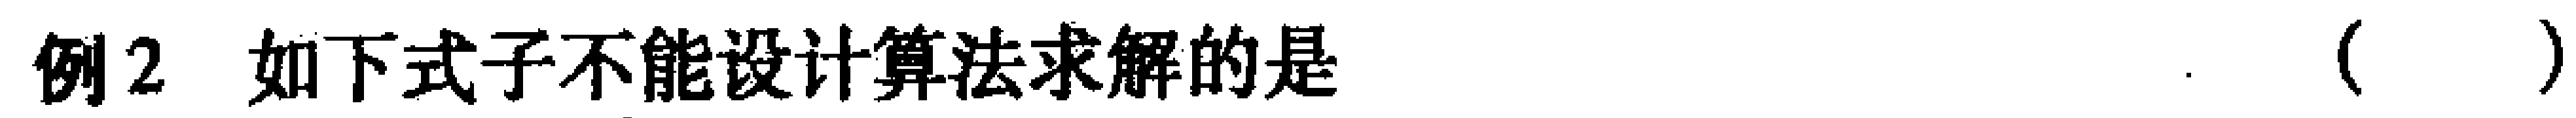
例2 如下式子不能设计算法求解的是 （  ）